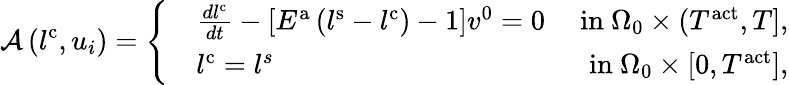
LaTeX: \mathcal{A}\left(l^{\mathrm{{c}}},u_{i}\right)=\left\{ \begin{array}{rlr}&{\frac{dl^{\mathrm{c}}}{dt}-\left[E^{\mathrm{a}}\left(l^{\mathrm{s}}-l^{\mathrm{c}}\right)-1\right]v^{\mathrm{0}}=0}&{\mathrm{~in~}\Omega_{0}\times(T^{\mathrm{act}},T],}\\ &{l^{\mathrm{c}}=l^{s}}&{\mathrm{~in~}\Omega_{0}\times[0,T^{\mathrm{act}}],}\end{array}\right.